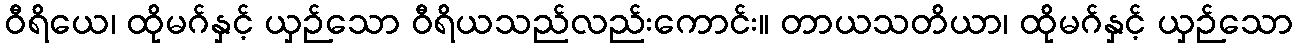
ဝီရိယေ၊ ထိုမဂ်နှင့် ယှဉ်သော ဝီရိယသည်လည်းကောင်း။ တာယသတိယာ၊ ထိုမဂ်နှင့် ယှဉ်သော